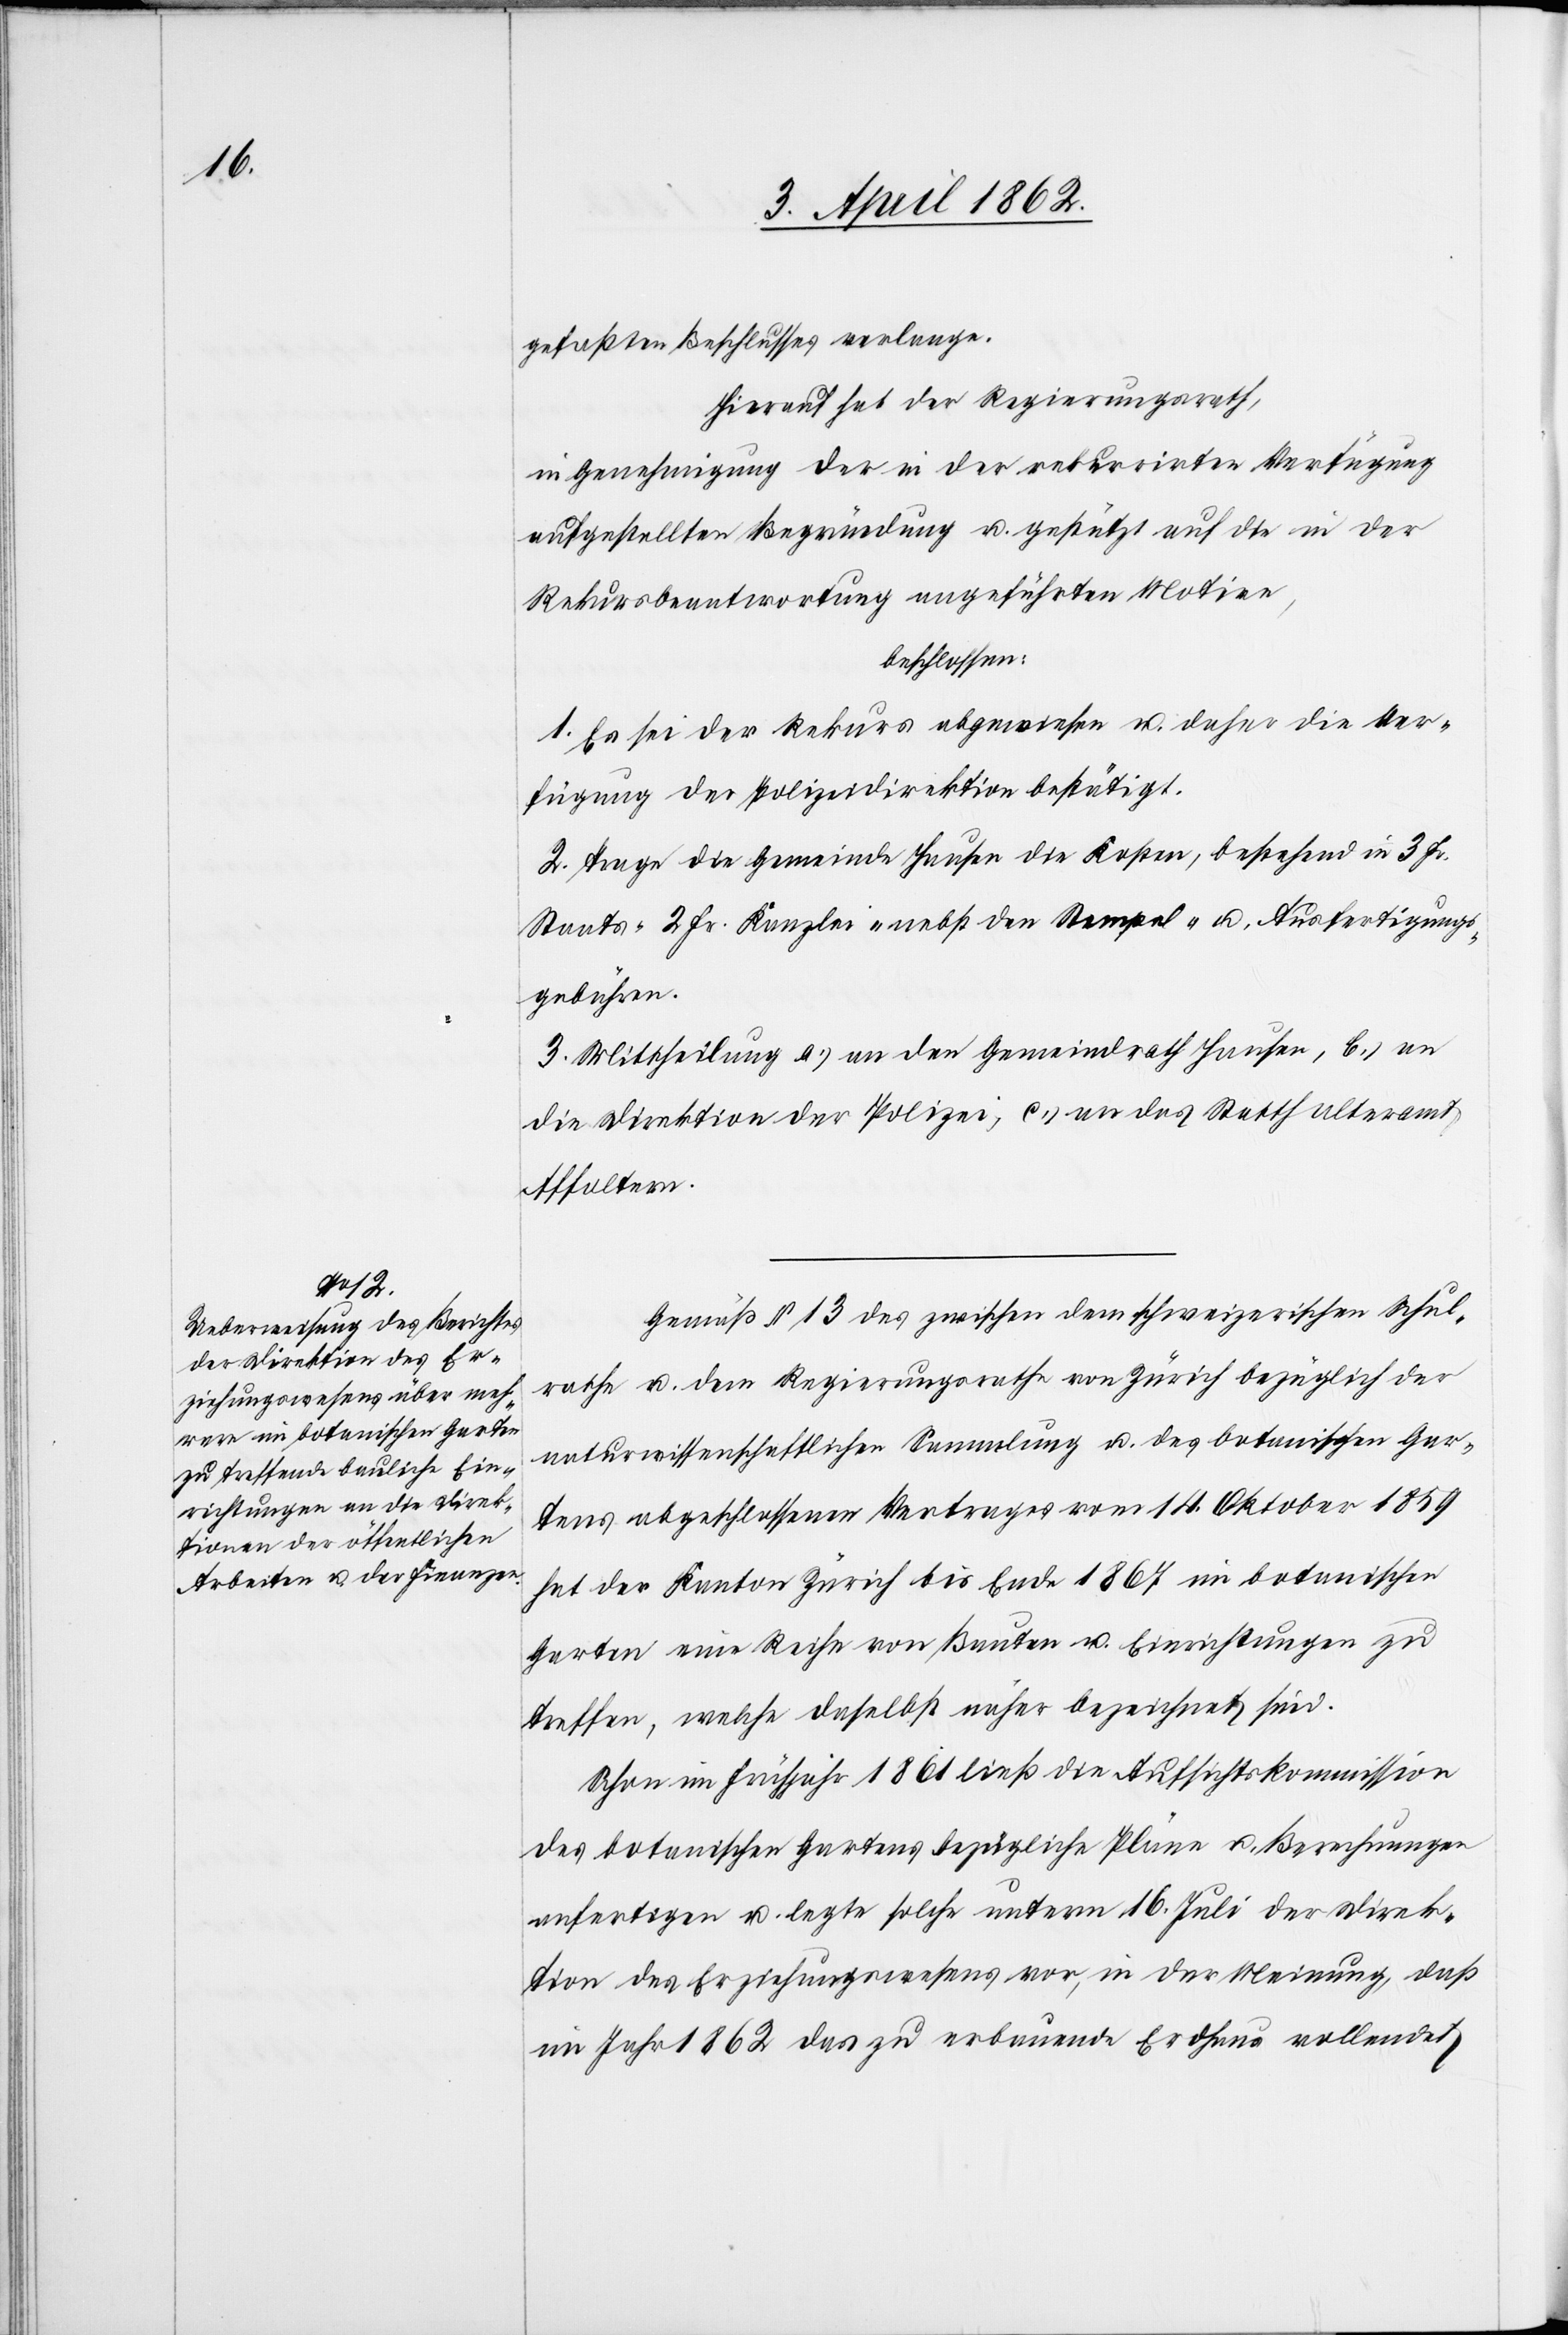
gefaßten Beschlusses verlange.
Hierauf hat der Regierungsrath,
in Genehmigung der in der rekurrirten Verfügung
aufgestellten Begründung u. gestützt auf die in der
Rekursbeantwortung angeführten Motive,
beschlossen:
1. Es sei der Rekurs abgewiesen u. daher die Ver¬
fügung der Polizeidirektion bestätigt.
2. Trage die Gemeinde Hausen die Kosten, bestehend in 3. Fr.
Staats-[,] 2 Fr. Kanzlei. nebst den Stempel- u. Ausfertigungs¬
gebühren.
3. Mittheilung a) an den Gemeindrath Hausen, b) an
die Direktion der Polizei, c) an das Statthalteramt
Affoltern.
Gemäß § 13 des zwischen dem schweizerischen Schul¬
rathe u. dem Regierungsrathe von Zürich bezüglich der
naturwissenschaftlichen Sammlung u. des botanischen Gar¬
tens abgeschlossenen Vertrages vom 14. Oktober 1859
hat der Kanton Zürich bis Ende 1867 im botanischen
Garten eine Reihe von Bauten u. Einrichtungen zu
treffen, welche daselbst näher bezeichnet sind.
Schon im Frühjahr 1861 ließ die Aufsichtskommission
des botanischen Gartens bezügliche Pläne u. Berechnungen
anfertigen u. legte solche unterm 16. Juli der Direk¬
tion des Erziehungswesens vor, in der Meinung, daß
im Jahr 1862 das zu erbauende Erdhaus vollendet